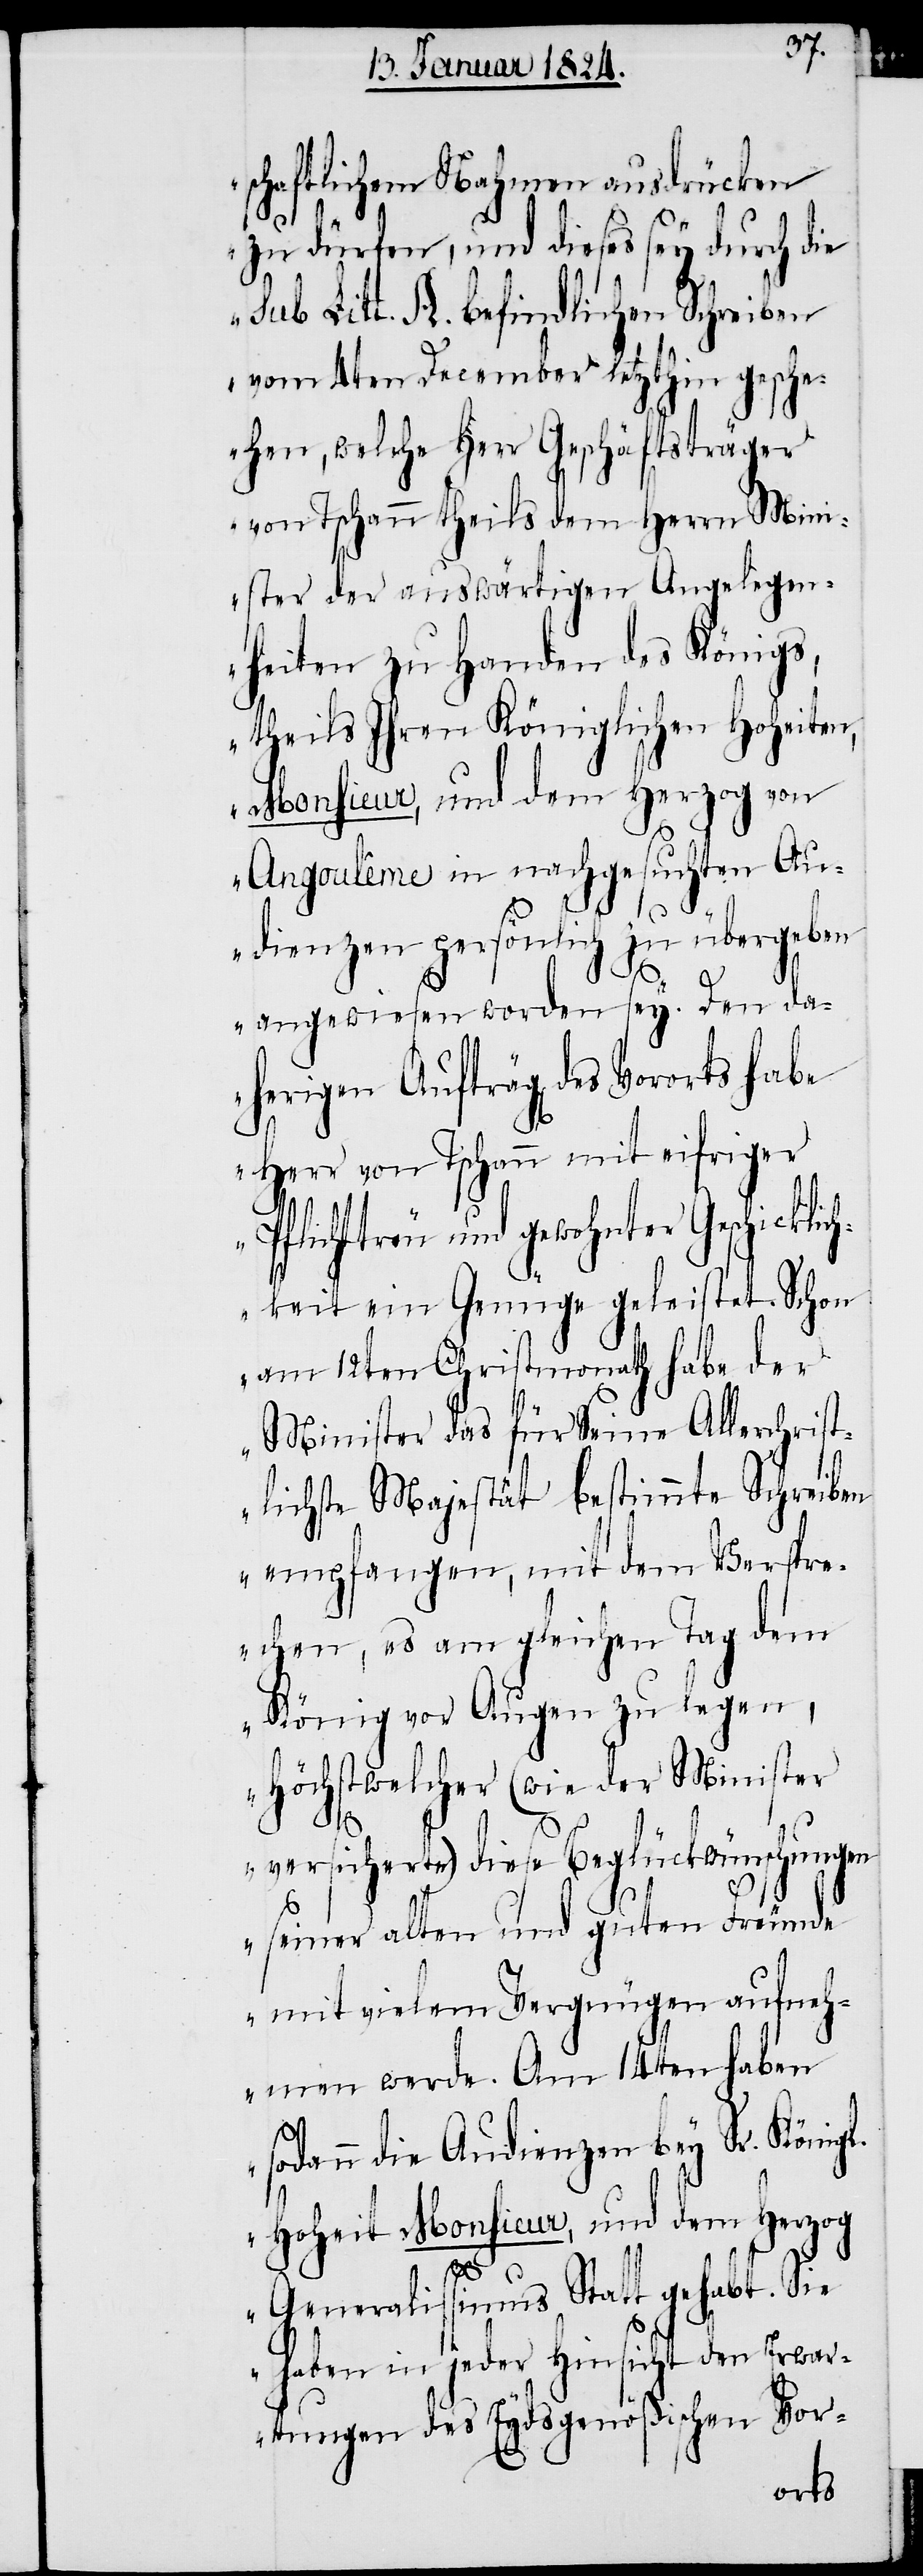
schaftlichem Nahmen ausdrücken
zu dürfen, und dieses sey durch die
sub Litt. A. befindlichen Schreiben
vom 4ten December letzthin gesche¬
hen, welche Herr Geschäftsträger
von Tschann theils dem Herrn Min¬
ister der auswärtigen Angelegen¬
heiten zu Handen des Königs,
theils Ihren Königlichen Hoheiten
Monsieur, und dem Herzog von
Angoulême in nachgesuchten Au¬
dienzen persönlich zu übergeben
angewiesen worden sey. Den da¬
herigen Auftrag des Vororts habe
Herr von Tschann mit eifriger
Pflichttreu und gewohnter Geschick¬
lichkeit ein Genüge geleistet. Schon
am 12ten Christmonath habe der
Minister das für Seine Allerchrist¬
lichste Majestät bestimmte Schreiben
empfangen, mit dem Verspre¬
chen, es am gleichen Tag dem
König vor Augen zu legen,
Höchstwelcher (wie der Minister
versicherte) diese Beglückwünschungen
seiner alten und guten Freunde
mit vielem Vergnügen aufneh¬
men werde. Am 14ten haben
sodann die Audienzen bey Sr. Königl.
Hoheit Monsieur, und dem Herzog
Generalissimus Statt gehabt. Sie
haben in jeder Hinsicht den Erwar¬
tungen des Eydsgenößischen Vor-